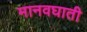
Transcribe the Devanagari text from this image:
मानवघाती